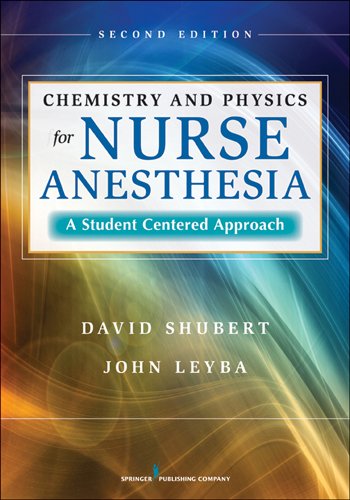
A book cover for Chemistry and Physics for Nurse Anesthesia: A Student Centered Approach; Dr. David Shubert PhD; Medical Books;